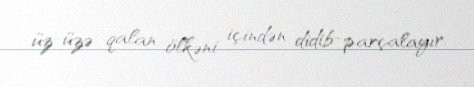
üz-üzə qalan ölkəni içindən didib-parçalayır.